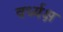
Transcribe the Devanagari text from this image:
वर्ध्यक्ष